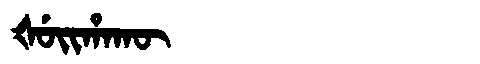
Manchu: ᡧᡠᡳᡥᠠᡴᡡ
Romanization: ŠUIHAKŪ